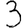
Digit: 3